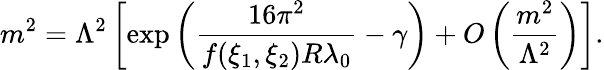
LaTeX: m^{2}=\Lambda^{2}\left[\exp\left(\frac{16\pi^{2}}{f(\xi_{1},\xi_{2})R\lambda_{0}}-\gamma\right)+O\left(\frac{m^{2}}{\Lambda^{2}}\right)\right].